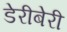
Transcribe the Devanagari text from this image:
डेरीबेरी